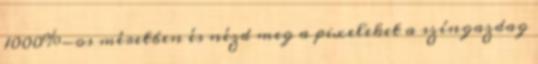
1000%-os méretben és nézd meg a pixeleket a színgazdag